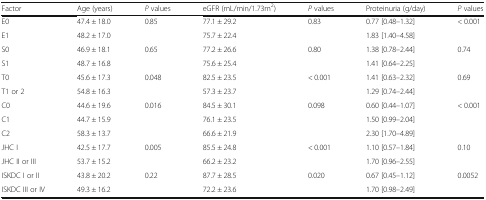
<table><thead><tr><td><b>Factor</b></td><td><b>Age (years)</b></td><td><b><i>P</i> values</b></td><td><b>eGFR (mL/min/1.73m<sup>2</sup>)</b></td><td><b><i>P</i> values</b></td><td><b>Proteinuria (g/day)</b></td><td><b><i>P</i> values</b></td></tr></thead><tbody><tr><td>E0</td><td>47.4 ± 18.0</td><td>0.85</td><td>77.1 ± 29.2</td><td>0.83</td><td>0.77 [0.48–1.32]</td><td>&lt; 0.001</td></tr><tr><td>E1</td><td>48.2 ± 17.0</td><td></td><td>75.7 ± 22.4</td><td></td><td>1.83 [1.40–4.58]</td><td></td></tr><tr><td>S0</td><td>46.9 ± 18.1</td><td>0.65</td><td>77.2 ± 26.6</td><td>0.80</td><td>1.38 [0.78–2.44]</td><td>0.74</td></tr><tr><td>S1</td><td>48.7 ± 16.8</td><td></td><td>75.6 ± 25.4</td><td></td><td>1.41 [0.64–2.25]</td><td></td></tr><tr><td>T0</td><td>45.6 ± 17.3</td><td>0.048</td><td>82.5 ± 23.5</td><td>&lt; 0.001</td><td>1.41 [0.63–2.32]</td><td>0.69</td></tr><tr><td>T1 or 2</td><td>54.8 ± 16.3</td><td></td><td>57.3 ± 23.7</td><td></td><td>1.29 [0.74–2.44]</td><td></td></tr><tr><td>C0</td><td>44.6 ± 19.6</td><td>0.016</td><td>84.5 ± 30.1</td><td>0.098</td><td>0.60 [0.44–1.07]</td><td>&lt; 0.001</td></tr><tr><td>C1</td><td>44.7 ± 15.9</td><td></td><td>76.1 ± 23.5</td><td></td><td>1.50 [0.99–2.04]</td><td></td></tr><tr><td>C2</td><td>58.3 ± 13.7</td><td></td><td>66.6 ± 21.9</td><td></td><td>2.30 [1.70–4.89]</td><td></td></tr><tr><td>JHC I</td><td>42.5 ± 17.7</td><td>0.005</td><td>85.5 ± 24.8</td><td>&lt; 0.001</td><td>1.10 [0.57–1.84]</td><td>0.10</td></tr><tr><td>JHC II or III</td><td>53.7 ± 15.2</td><td></td><td>66.2 ± 23.2</td><td></td><td>1.70 [0.96–2.55]</td><td></td></tr><tr><td>ISKDC I or II</td><td>43.8 ± 20.2</td><td>0.22</td><td>87.7 ± 28.5</td><td>0.020</td><td>0.67 [0.45–1.12]</td><td>0.0052</td></tr><tr><td>ISKDC III or IV</td><td>49.3 ± 16.2</td><td></td><td>72.2 ± 23.6</td><td></td><td>1.70 [0.98–2.49]</td><td></td></tr></tbody></table>